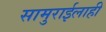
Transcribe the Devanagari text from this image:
सामुराईलाही